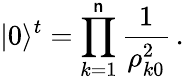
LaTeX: |0\rangle^{t}=\prod_{k=1}^{\mathsf{n}}\frac{{1}}{{\rho_{k0}^{2}}}\, .